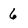
Character: 6